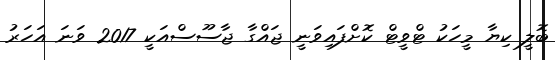
ބޮލީ ކިޔާ މީހަކު ޓްވީޓް ކޮށްފައިވަނީ ޖައްގާ ޖާސޫސްއަކީ 2017 ވަނަ އަހަރު